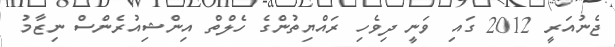
ޖެނުއަރީ 2012 ގައި ވަނީ ދިވެހި ރައްޔިތުންގެ ހެލްތް އިންޝިއުރެންސް ނިޒާމު